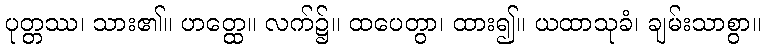
ပုတ္တဿ၊ သား၏။ ဟတ္ထေ။ လက်၌။ ထပေတွာ၊ ထား၍။ ယထာသုခံ၊ ချမ်းသာစွာ။